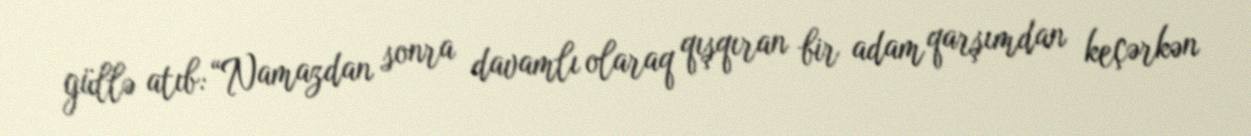
güllə atıb: “Namazdan sonra davamlı olaraq qışqıran bir adam qarşımdan keçərkən